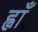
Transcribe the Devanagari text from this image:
ह्वाँ